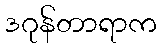
ဒဂုန်တာရာက